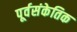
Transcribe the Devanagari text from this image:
पूर्वसंकेतिक